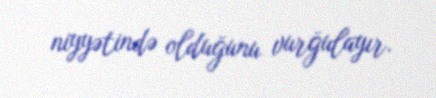
niyyətində olduğunu vurğulayır.